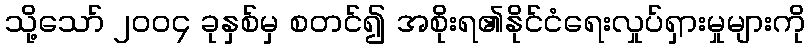
သို့သော် ၂၀၀၄ ခုနှစ်မှ စတင်၍ အစိုးရ၏နိုင်ငံရေးလှုပ်ရှားမှုများကို